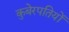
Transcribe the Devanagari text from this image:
कुबेरपतियों